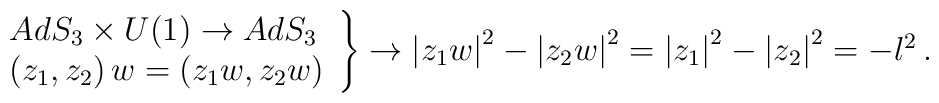
\begin{array}{llll}&&\nonumber\\&&\left.\begin{array}{llll}&&AdS_3 \times U(1)\rightarrow  AdS_3 \\&&\left(z_1,z_2\right)w=\left(z_1w,z_2w\right)\end{array}\right\}\rightarrow \left|z_1w\right|^2-\left|z_2w\right|^2 =\left|z_1\right|^2-\left|z_2\right|^2=-l^2\,.\end{array}